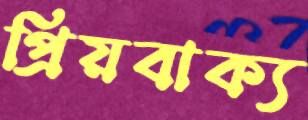
প্রিয়বাক্য